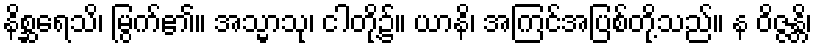
နိစ္ဆရေသိ၊ မြွက်၏။ အသ္မာသု၊ ငါတို့၌။ ယာနိ၊ အကြင်အပြစ်တို့သည်။ န ဝိဇ္ဇန္တိ၊